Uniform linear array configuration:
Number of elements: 12
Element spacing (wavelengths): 0.5
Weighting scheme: cosine
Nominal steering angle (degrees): -15
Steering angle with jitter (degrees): -13.376
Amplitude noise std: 0.05
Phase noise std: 0.05

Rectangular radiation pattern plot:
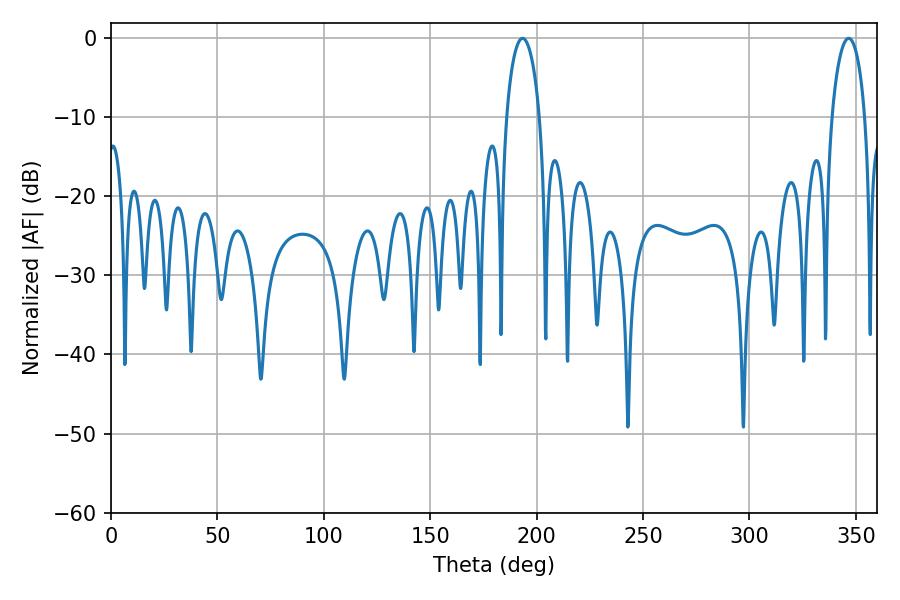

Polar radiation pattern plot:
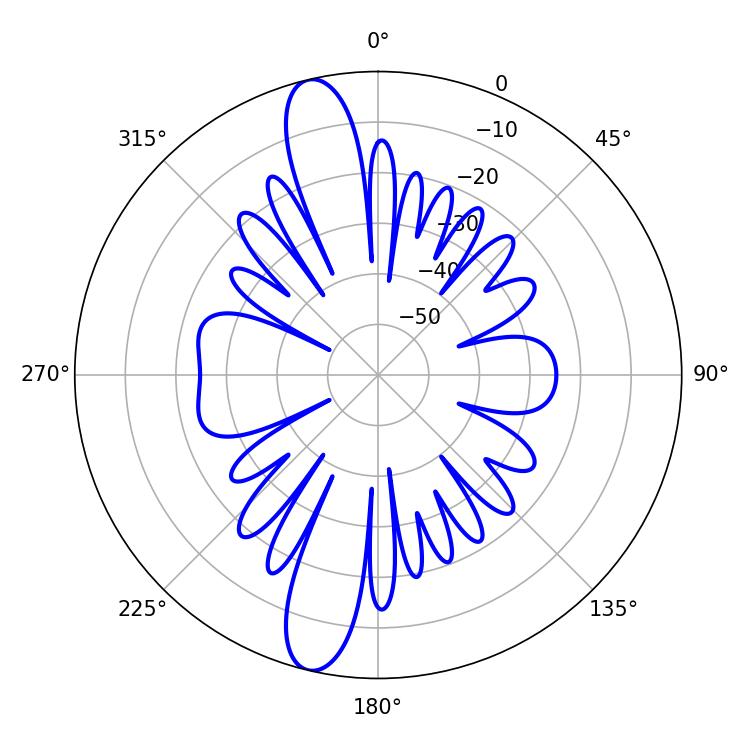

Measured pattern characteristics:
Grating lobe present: FALSE
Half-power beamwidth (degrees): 8.82
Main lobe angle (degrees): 193.32